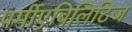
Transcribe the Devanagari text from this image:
पर्मीएबिलिटिज